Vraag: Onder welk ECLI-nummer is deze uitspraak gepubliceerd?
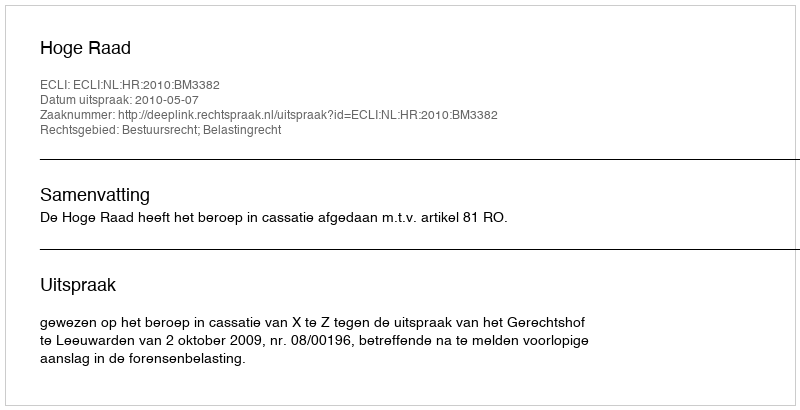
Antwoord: ECLI:NL:HR:2010:BM3382